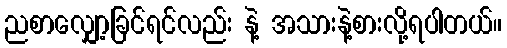
ညစာလျှော့ခြင်ရင်လည်း နဲ့ အသားနဲ့စားလို့ရပါတယ်။